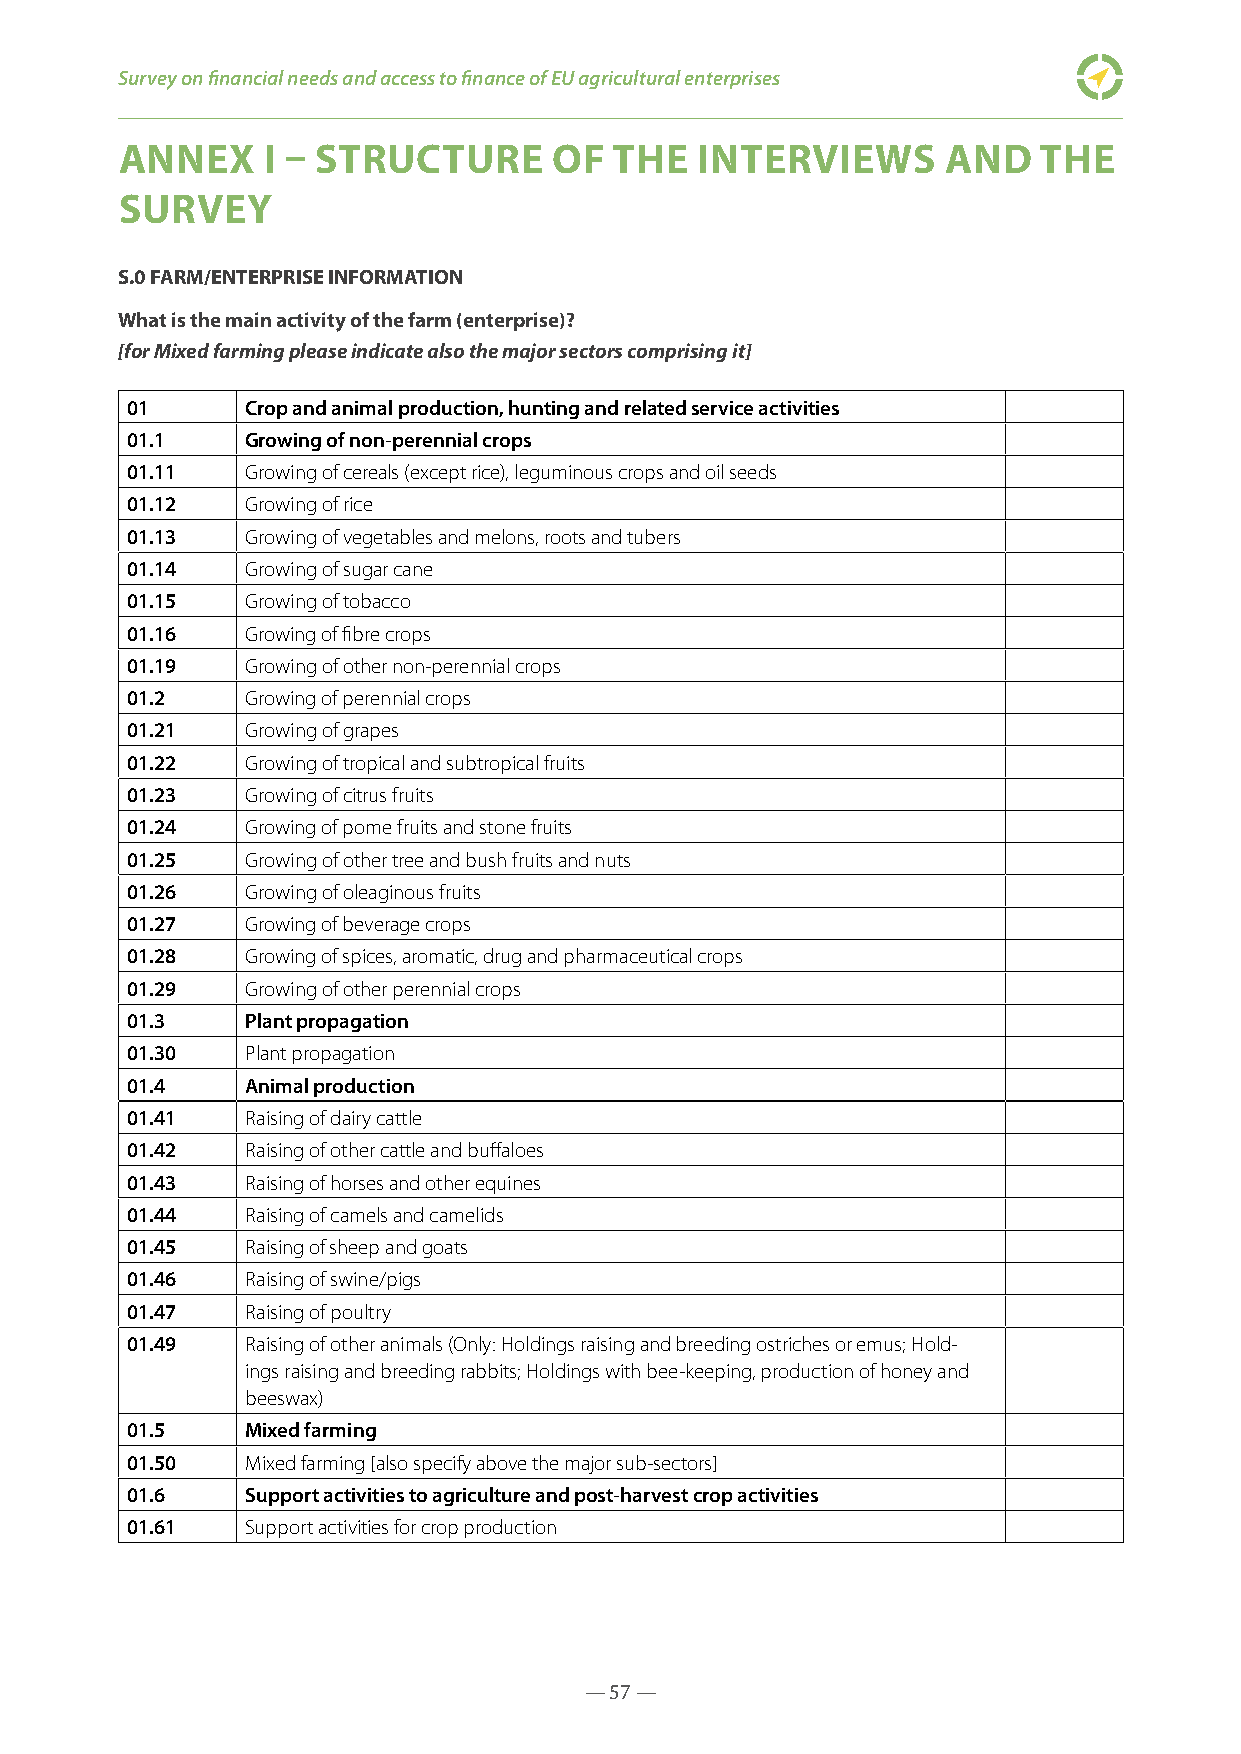
Survey on financial needs and access to finance of EU agricultural enterprises
 ANNEX    I – STRUCTURE       OF  THE  INTERVIEWS       AND   THE
 SURVEY
 S.0 FARM/ENTERPRISE INFORMATION
 What is the main activity of the farm (enterprise)?
 [for Mixed farming please indicate also the major sectors comprising it]
 01      Crop and animal production, hunting and related service activities
 01.1    Growing of non-perennial crops
 01.11   Growing of cereals (except rice), leguminous crops and oil seeds
 01.12   Growing of rice
 01.13   Growing of vegetables and melons, roots and tubers
 01.14   Growing of sugar cane
 01.15   Growing of tobacco
 01.16   Growing of fibre crops
 01.19   Growing of other non-perennial crops
 01.2    Growing of perennial crops
 01.21   Growing of grapes
 01.22   Growing of tropical and subtropical fruits
 01.23   Growing of citrus fruits
 01.24   Growing of pome fruits and stone fruits
 01.25   Growing of other tree and bush fruits and nuts
 01.26   Growing of oleaginous fruits
 01.27   Growing of beverage crops
 01.28   Growing of spices, aromatic, drug and pharmaceutical crops
 01.29   Growing of other perennial crops
 01.3    Plant propagation
 01.30   Plant propagation
 01.4    Animal production
 01.41   Raising of dairy cattle
 01.42   Raising of other cattle and buffaloes
 01.43   Raising of horses and other equines
 01.44   Raising of camels and camelids
 01.45   Raising of sheep and goats
 01.46   Raising of swine/pigs
 01.47   Raising of poultry
 01.49   Raising of other animals (Only: Holdings raising and breeding ostriches or emus; Hold-
 ings raising and breeding rabbits; Holdings with bee-keeping, production of honey and
 beeswax)
 01.5    Mixed farming
 01.50   Mixed farming [also specify above the major sub-sectors]
 01.6    Support activities to agriculture and post-harvest crop activities
 01.61   Support activities for crop production
 — 57 —